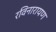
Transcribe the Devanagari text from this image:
रविनारायण